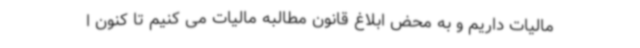
مالیات داریم و به محض ابلاغ قانون مطالبه مالیات می کنیم تا کنون ا